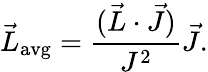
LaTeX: {\vec{L}}_{\mathrm{{avg}}}={\frac{({\vec{L}}\cdot{\vec{J}})}{J^{2}}}{\vec{J}}.